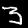
Digit: 3